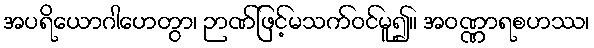
အပရိယောဂါဟေတွာ၊ ဉာဏ်ဖြင့်မသက်ဝင်မူ၍။ အဝဏ္ဏာရစဟဿ၊